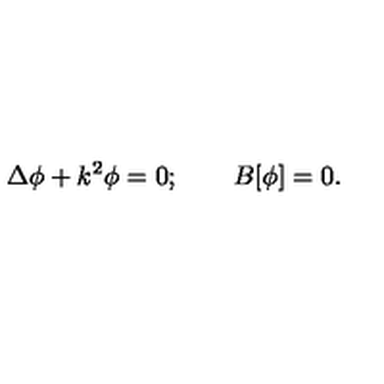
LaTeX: \Delta \phi + k ^ { 2 } \phi = 0 ; \qquad B [ \phi ] = 0 .